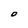
Character: o